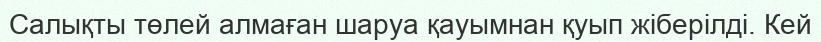
Салықты төлей алмаған шаруа қауымнан қуып жіберілді. Кей